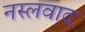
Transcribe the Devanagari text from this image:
नस्‍लवाद